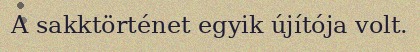
A sakktörténet egyik újítója volt.